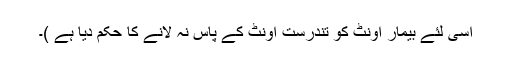
اسی لئے بیمار اونٹ کو تندرست اونٹ کے پاس نہ لانے کا حکم دیا ہے )۔